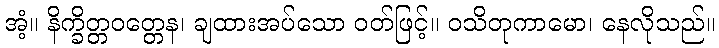
အံ့။ နိက္ခိတ္တဝတ္တေန၊ ချထားအပ်သော ဝတ်ဖြင့်။ ဝသိတုကာမော၊ နေလိုသည်။